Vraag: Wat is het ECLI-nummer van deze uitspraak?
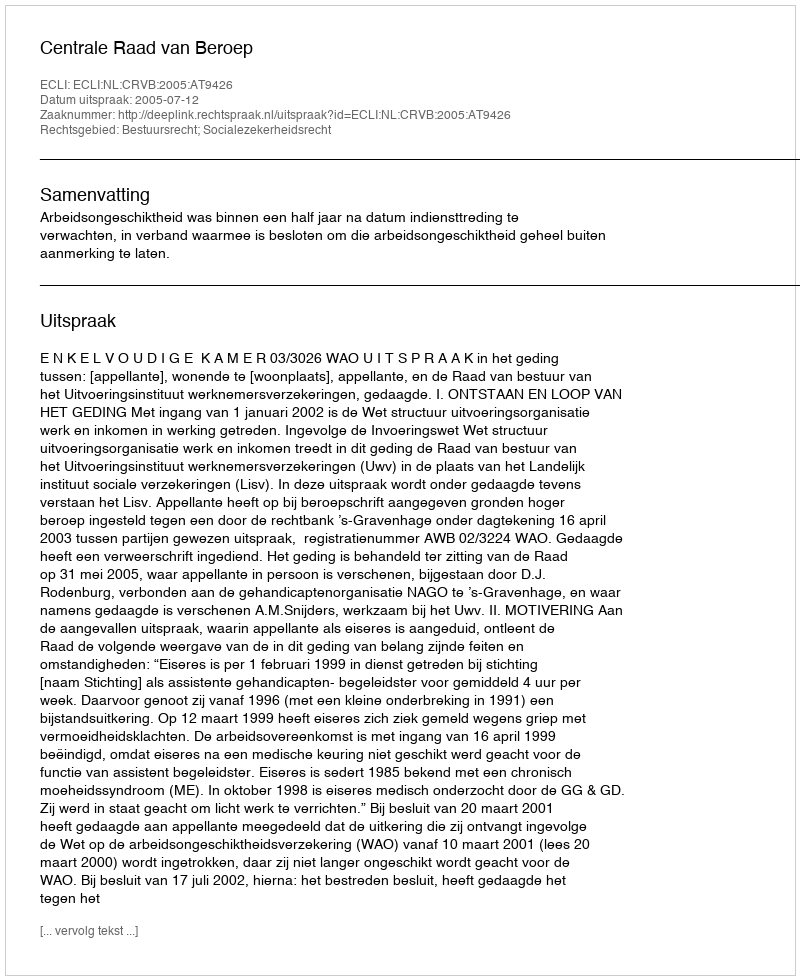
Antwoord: ECLI:NL:CRVB:2005:AT9426